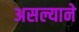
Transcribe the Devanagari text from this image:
असल्याने